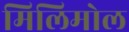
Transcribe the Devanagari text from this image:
मिलिमोल